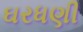
ઘરધણી